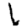
Digit: 1